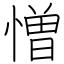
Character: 憎